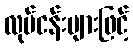
လုပ်ငန်းများဖြင့်